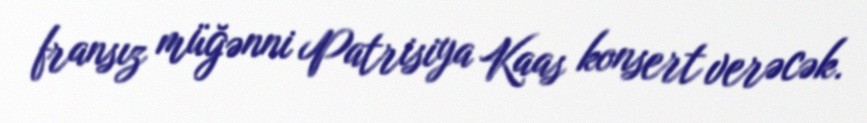
fransız müğənni Patrisiya Kaas konsert verəcək.